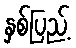
နှစ်ပြည့်